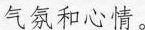
气氛和心情。